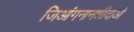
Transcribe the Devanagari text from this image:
जिआंगनानशीदाओ